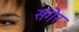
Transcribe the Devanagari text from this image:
संगेर